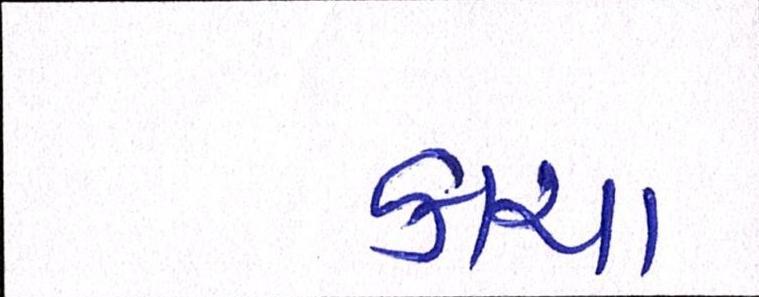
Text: કાચા